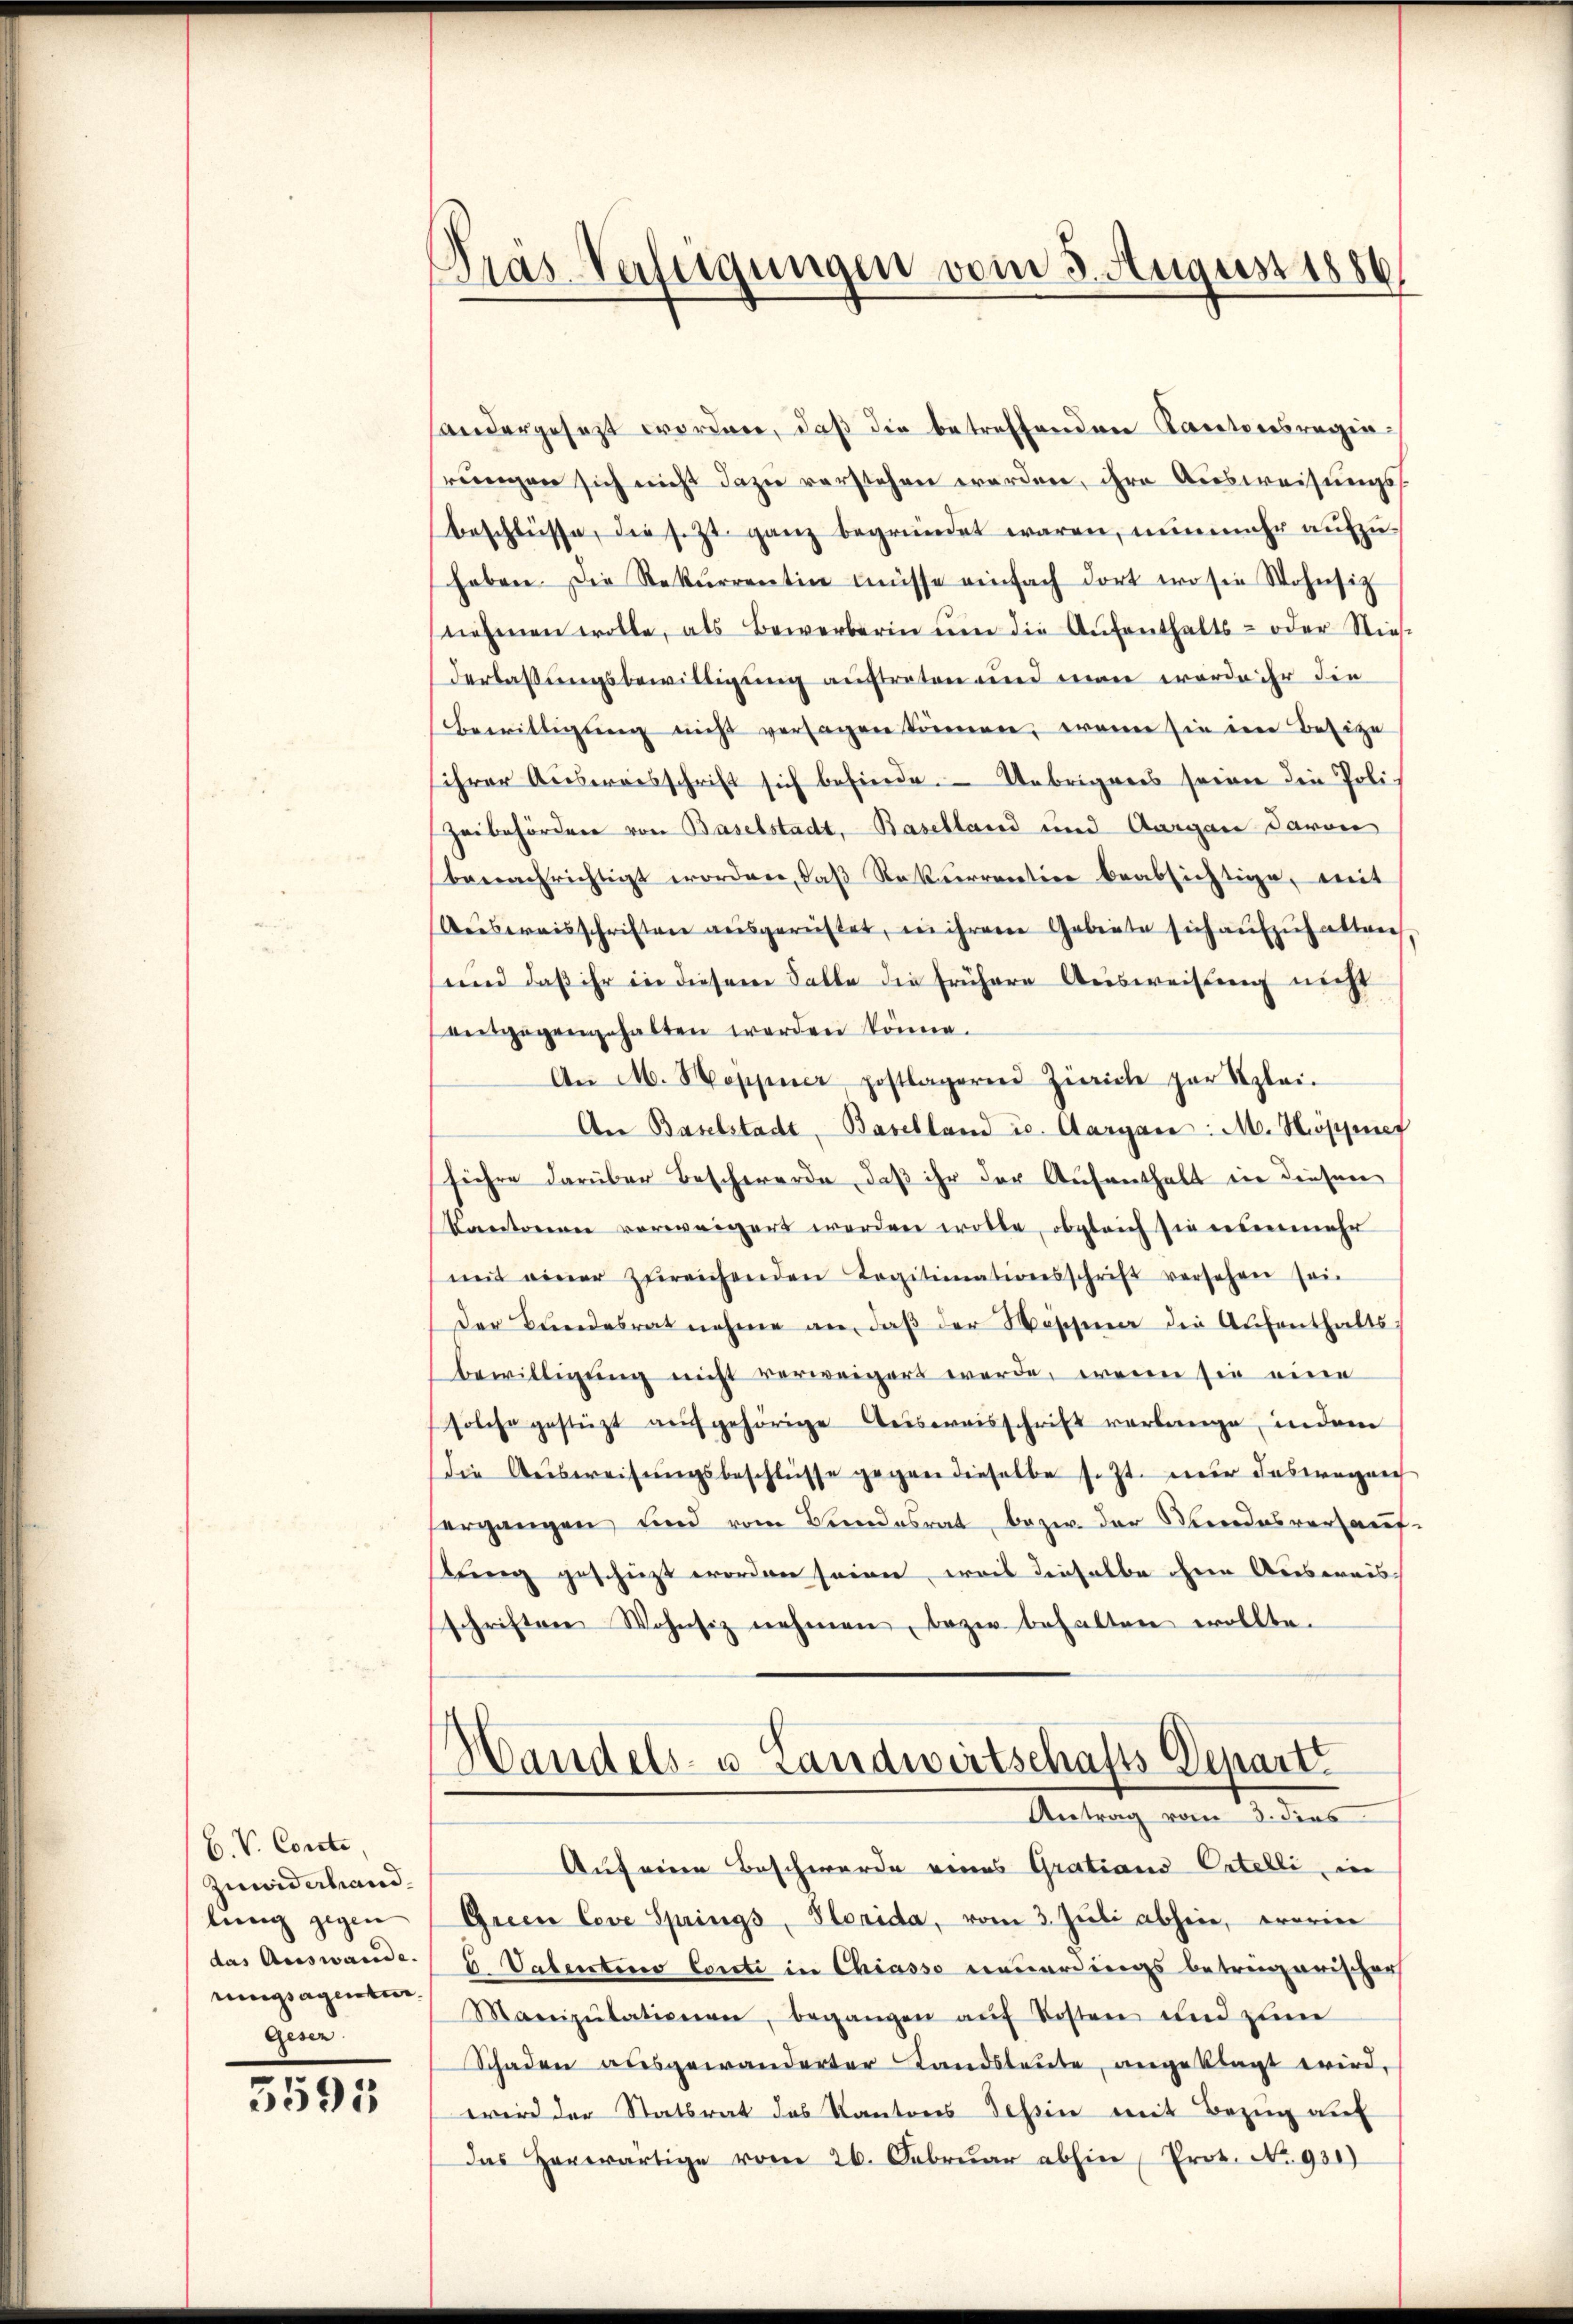
B. V. Conste,
Zuwiderhand
lung gegen
das Auswande. |
ungsagenten.
gesen.

5595

Dräs-Verfügungen vom 3. August 1886

handergesezt worden, daß die betreffenden Kantonsregierungen sich nicht dazu verstehen werden, ihre Ausweisungsbeschlüsse, die sezt ganz begründet waren, nunmehr aufzuhaben. Die Rekurrentin müsse einfach dort wo sie Wohnsitz
riehenen wolle, als Bewerberin ŭm die Aŭfenthalts- oder Nies
derlassungsbewilligung auftreten und man werde ihr die
Bewilligŭng nicht versagen können, wenn sie im Besize
ihrer Aŭsweisschrift sich befinde. Uebrigens seiner die Poli¬
Zeibehörden von Baselstadt, Baselland und Aargau davon
benachrichtigt worden, daβ Rekurrention beabsichtige, mit
Ausweisschriften ausgereistet, in ihrem Gebiete sich aufzuhaltrech,
und daß ihr in diesem Falle die frühere Ausweisung nicht
ansgegengehalten werden könne.
An M. Hoppner postlageren Zürich par Azlei-
An Baselstadt, Baselland u. Aargau: M. Höppner
fuehre darüber Beschwerde, daß ihr der Aufenthalt ein diesen
Kantonen verweigert worden wolle, obgleich sie eisenmehr
mit einer zŭreichenden Legitimationsschrift versehen sei.
der Bundesrat nahme an, daβ der Waschena die Aŭfenthalts
bewilligung nicht verweigert werde, wenn sie eine
solche gestüzt auf gehörige Ausweisschrift verlange, indem
die Ausweisungsbeschlüsse gegen dieselbe setzt nur deswegen
ergangen und vom Bundesrat bezw. der Mindesverhauf-
treng geschüzt worden seinen, weis dieselbe herr Ausweis-
schriften Wohnsiz nehmen, bezw. behalten wollte.

Handels- u. Landwirtschafts Depart
Antrag vom 3. dies

Auf eine Beschwerde eines Gratiana Catelli, in
Green Cove Springs, Planida, vom 3. Juli absein, worin
6 Vatersteno Conti in Chiasso neuerdings betrengarischen
Manizŭlationen, begangen aŭf Kosten und zum
Schaden ausgewanderter Landsleute, angeklagt wird,
wird der Statsrat des Kantons Tessin mit Bezug auf
Das herwärtige vom 26. Febrŭar abhin Prot. No. 931)